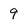
Character: 9